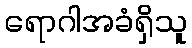
ရောဂါအခံရှိသူ